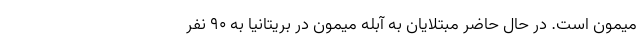
میمون است. در حال حاضر مبتلایان به آبله میمون در بریتانیا به ۹۰ نفر